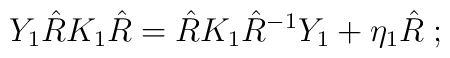
Y_{1} \hat{R} K_{1} \hat{R} = \hat{R} K_{1} \hat{R}^{-1} Y_{1} + \eta_{1}\hat{R}\;;